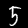
Label: 5